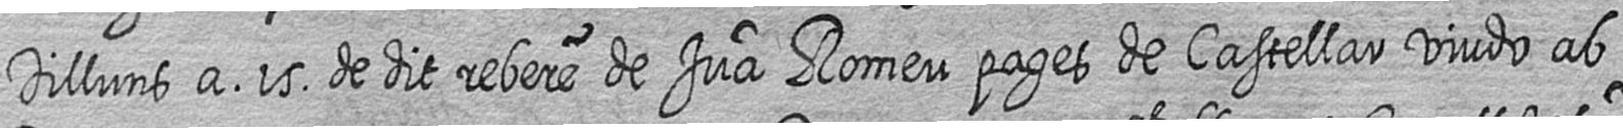
Dilluns a 15 de dit rebere de Jua Romeu pages de Castellar viudo ab